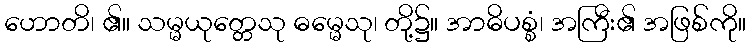
ဟောတိ၊ ၏။ သမ္မယုတ္တေသု ဓမ္မေသု၊ တို့၌။ အာဓိပစ္စံ၊ အကြီး၏ အဖြစ်ကို။